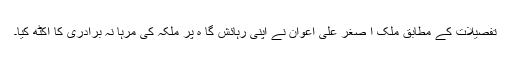
تفصیلات کے مطابق ملک ا صغر علی اعوان نے اپنی رہائش گا ہ پر ملکہ کی مرہا نہ برادری کا اکٹھ کیا۔